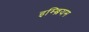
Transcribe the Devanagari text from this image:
इम्ब्रियम